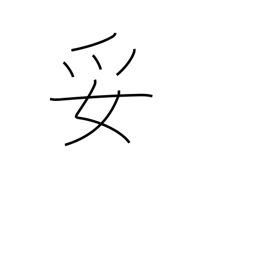
Meaning: satisfactory